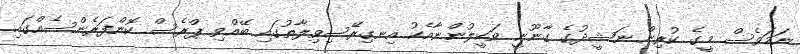
ނަމަވެސް މީގެ ކުރިން ނަޝީދުގެ ގާނޫނީ ވަކީލުންނާއެކު އިނގިރޭސިވިލާތުގައި ބޭއްވި ޕްރެސް ކޮންފަރެންސެއްގައި